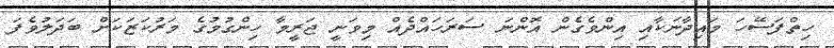
ހިތްފަސޭހަ މައިދާނަކާއި އިންވެގެން އޮންނަ ސަރަހައްދެއް މިވަނީ ޖަރީމާ ހިންގުމުގެ މަރުކަޒަކަށް ބަދަލުވެފަ